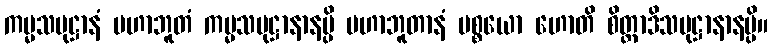
ကမ္မသမုဋ္ဌာနံ မဟာဘူတံ ကမ္မသမုဋ္ဌာနာနမ္ပိ မဟာဘူတာနံ ပစ္စယော ဟောတိ စိတ္တာဒိသမုဋ္ဌာနာနမ္ပိ။